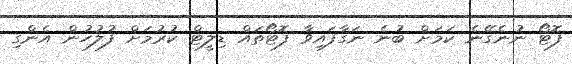
ފޮޓޯ ނުނެގޭނެ ކަމަށް ބުނެ ނަގާފައިވާ ފޮޓޯތައް ޑިލީޓް ކުރުމަށް ފުލުހުން އެންގި